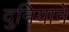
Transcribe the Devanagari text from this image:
दुनियाने